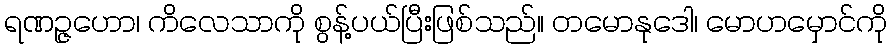
ရဏဉ္ဇဟော၊ ကိလေသာကို စွန့်ပယ်ပြီးဖြစ်သည်။ တမောနုဒေါ၊ မောဟမှောင်ကို